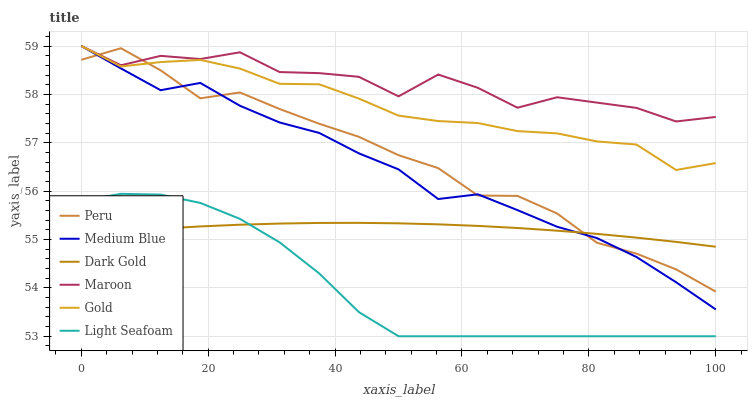
| xaxis_label | Peru | Medium Blue | Dark Gold | Maroon | Gold | Light Seafoam |
 | --- | --- | --- | --- | --- | --- | --- |
 | 0 | 58.7 | 59 | 55.1 | 59 | 59 | 55.8 |
 | 6.25 | 59 | 58.5 | 55.2 | 58.6 | 58.6 | 55.9 |
 | 12.5 | 58.5 | 58.1 | 55.2 | 58.8 | 58.7 | 55.9 |
 | 18.8 | 57.9 | 58.2 | 55.3 | 58.7 | 58.7 | 55.8 |
 | 25 | 58 | 57.8 | 55.3 | 58.9 | 58.5 | 55.4 |
 | 31.2 | 57.7 | 57.4 | 55.3 | 58.5 | 58.2 | 54.9 |
 | 37.5 | 57.4 | 57.2 | 55.3 | 58.4 | 58.2 | 54.3 |
 | 43.8 | 57.1 | 56.8 | 55.3 | 58.4 | 57.9 | 53.5 |
 | 50 | 56.7 | 56.4 | 55.3 | 58 | 57.6 | 53 |
 | 56.2 | 56.5 | 55.8 | 55.3 | 58.4 | 57.4 | 53 |
 | 62.5 | 55.9 | 55.9 | 55.3 | 58.1 | 57.4 | 53 |
 | 68.8 | 55.9 | 55.6 | 55.2 | 57.7 | 57.2 | 53 |
 | 75 | 55.5 | 55.3 | 55.2 | 57.9 | 57.2 | 53 |
 | 81.2 | 54.9 | 55 | 55.1 | 57.8 | 57 | 53 |
 | 87.5 | 54.7 | 54.6 | 55 | 57.7 | 57 | 53 |
 | 93.8 | 54.4 | 54.1 | 55 | 57.4 | 56.4 | 53 |
 | 100 | 53.9 | 53.6 | 54.9 | 57.5 | 56.6 | 53 |